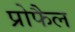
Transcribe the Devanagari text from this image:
प्रोफैल